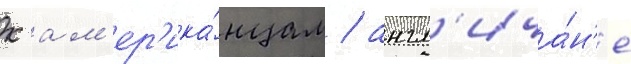
к ам'ер'ика́нцам / англ'ича́н'е